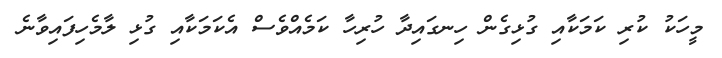
މީހަކު ކުރި ކަމަކާއި ގުޅިގެން ހިނގައިދާ ހުރިހާ ކަމެއްވެސް އެކަމަކާއި ގުޅި ލާމެހިފައިވާނެ